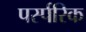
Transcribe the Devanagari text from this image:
पर्स्परिक